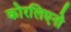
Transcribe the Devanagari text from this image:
कोरलिएनो